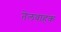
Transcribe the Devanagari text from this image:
तेलवाहक